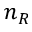
n _ { R }